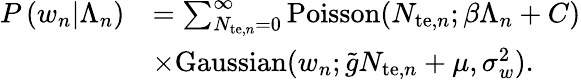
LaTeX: \begin{array}{rl}{P\left(w_{n}|\Lambda_{n}\right)}&{=\sum_{N_{\mathrm{te},n}=0}^{\infty}\mathrm{Poisson}(N_{\mathrm{te},n};\beta\Lambda_{n}+C)}\\ &{\times\mathrm{Gaussian}(w_{n};\tilde{g}N_{\mathrm{te},n}+\mu,\sigma_{w}^{2}).}\end{array}